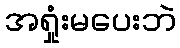
အရှုံးမပေးဘဲ